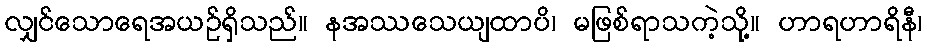
လျှင်သောရေအယဉ်ရှိသည်။ နအဿသေယျထာပိ၊ မဖြစ်ရာသကဲ့သို့။ ဟာရဟာရိနီ၊